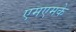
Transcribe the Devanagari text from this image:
एमएमके